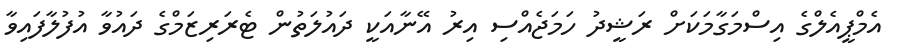
އެމްޕީއެލްގެ އިސްމަގާމަކަށް ރަޝީދު ހަމަޖެއްސި އިރު އޭނާއަކީ ދައުލަތުން ޓެރަރިޒަމްގެ ދައުވާ އުފުލާފައިވާ